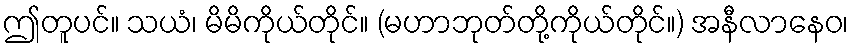
ဤတူပင်။ သယံ၊ မိမိကိုယ်တိုင်။ (မဟာဘုတ်တို့ကိုယ်တိုင်။) အနီလာနေဝ၊